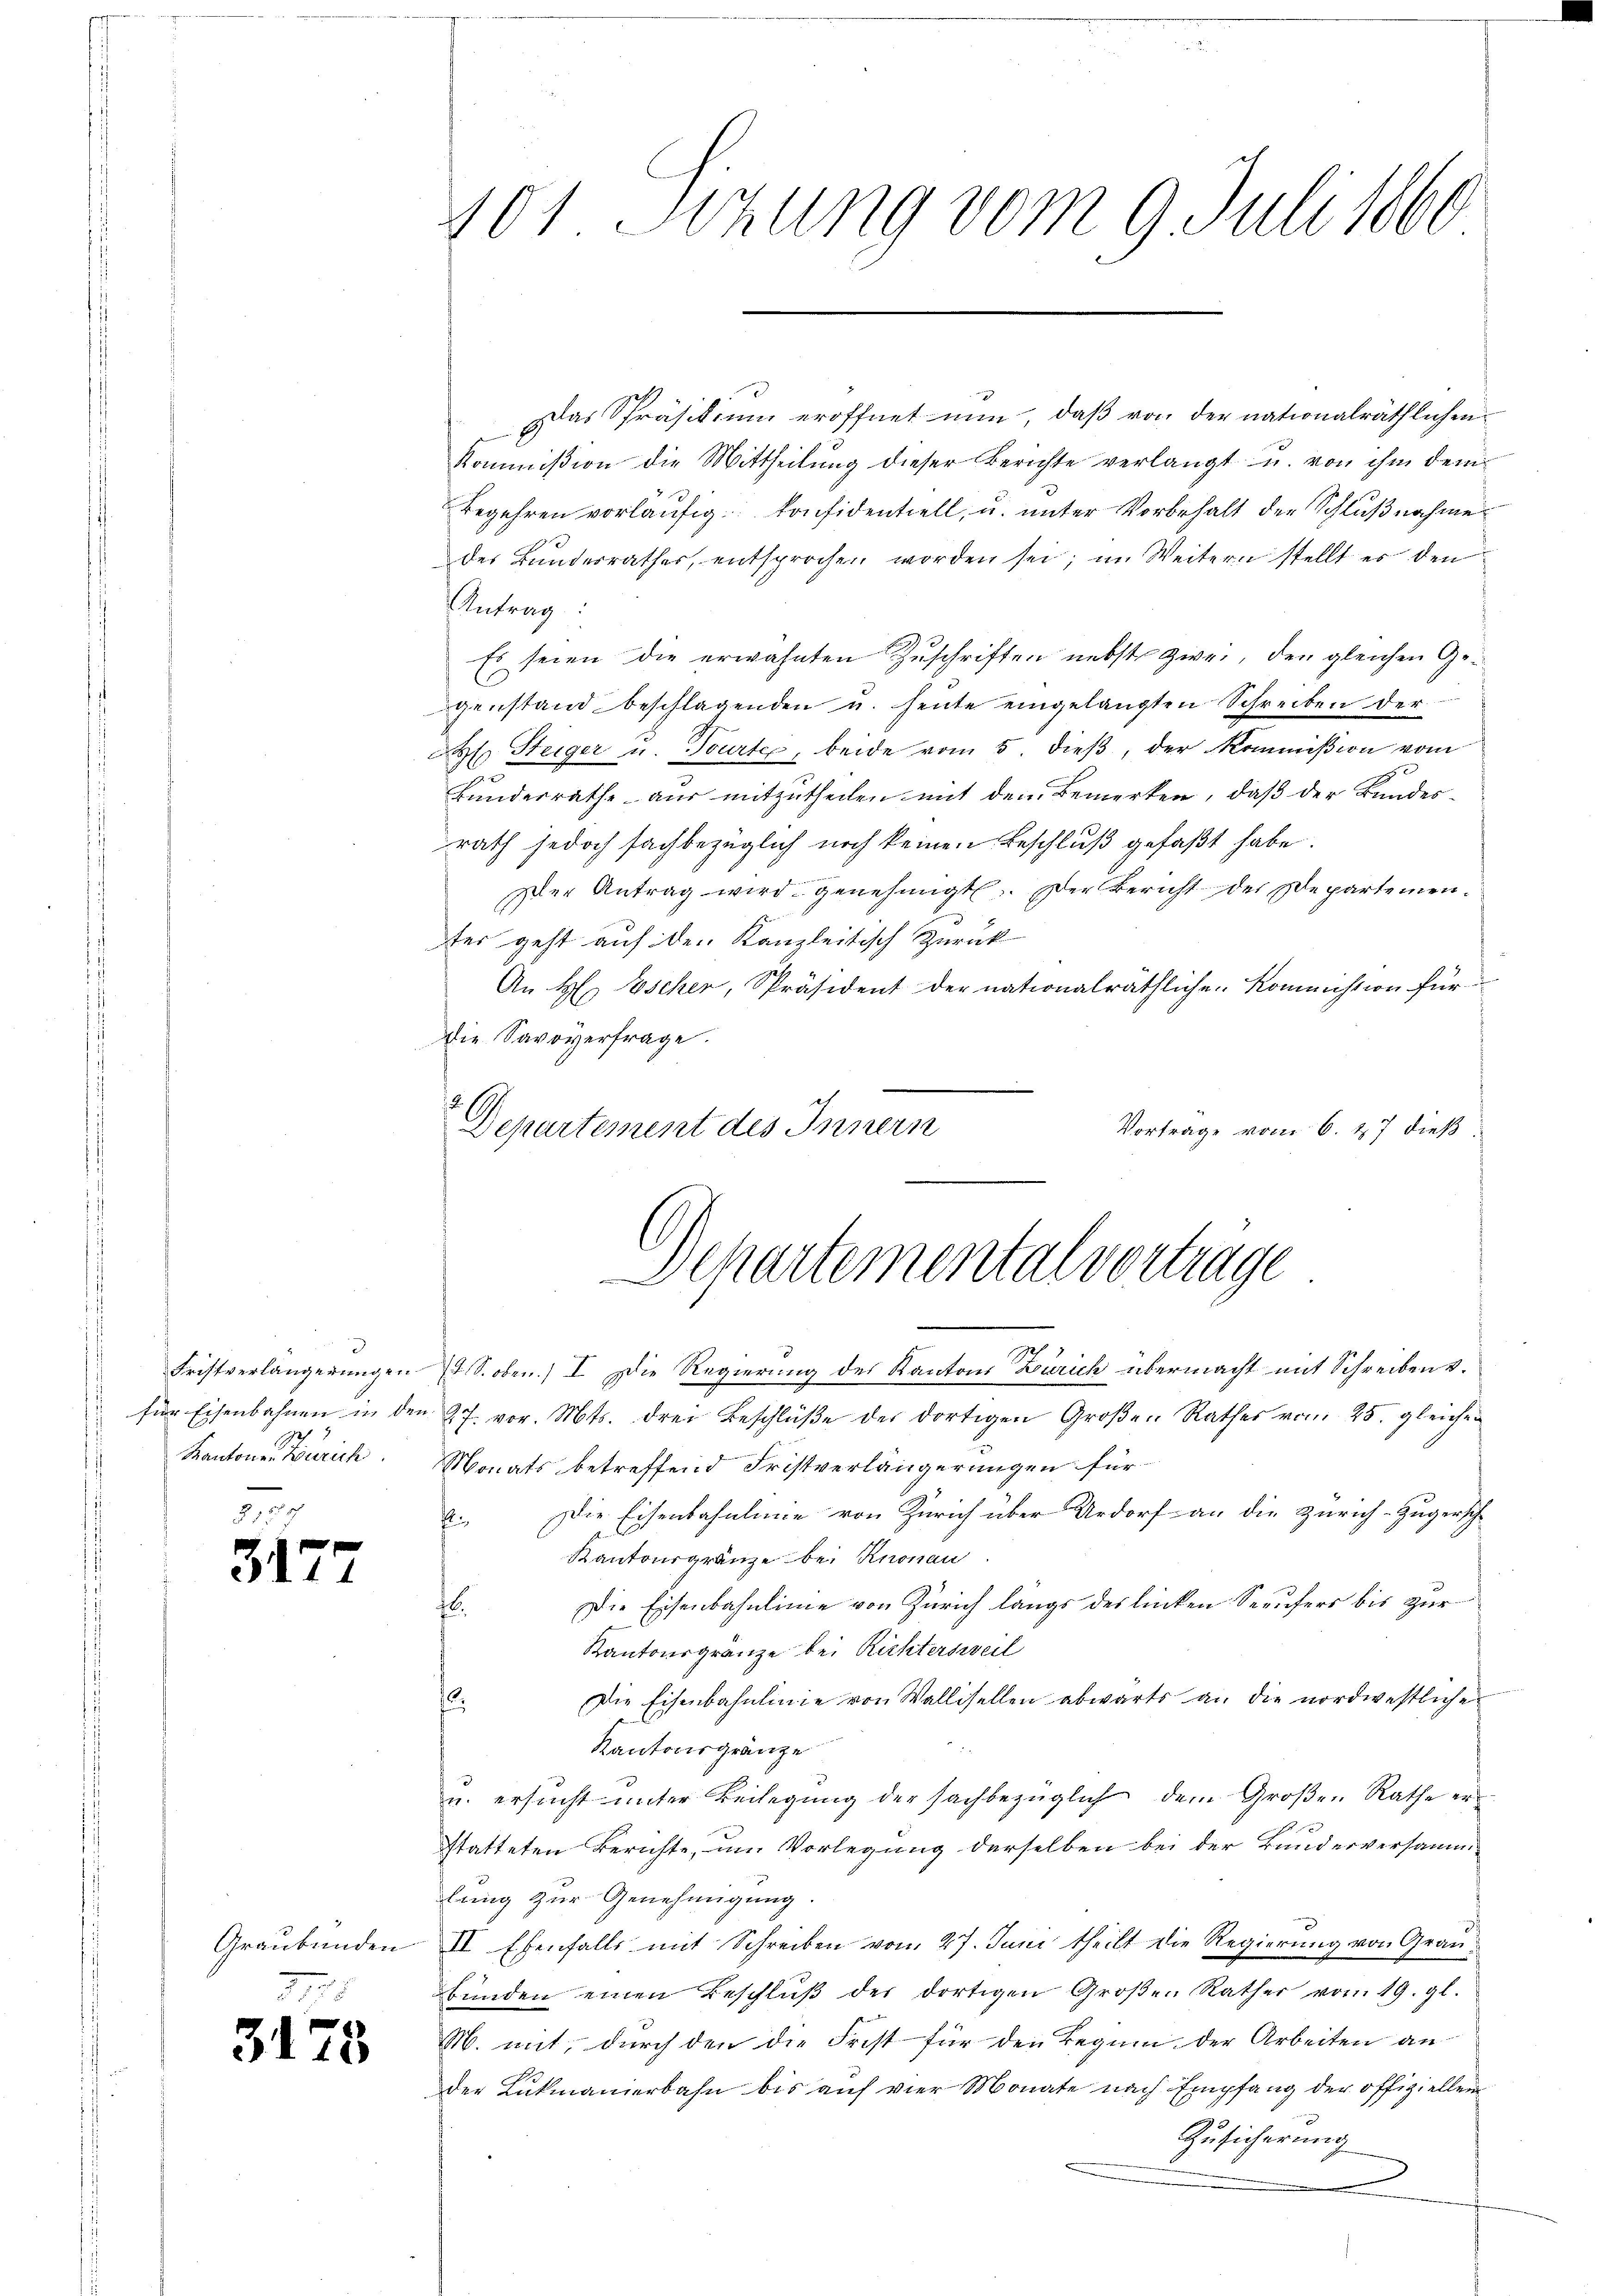
Fristverlängerungen
h 2
Kantonen Wurich

31

Graubünden

3173

101 Sizung vom 9. Juli 1860

as Präsidium eröffnet nun, daβ von der nationalräthlichen
Kommißion die Mittheilung dieser Berichte verlangt u. von ihm dem
Begehren vorläŭfig Considentiell, u. unter Vorbehalt der Schlußnahme
des Bunderrathes, entsprochen worden sei; im Weitern stellt es den
Antrag:
Es seien die erwähnten Zuschriften nebst zwei, den gleichen Gegenstand beschlagenden u. heŭte eingelangten Schreiben der
dl. Steiger u. Tourtei, beide vom 5. dieß, der Kommißion vom
Bundesrathe aus mitzutheilen mit dem Bemerken, daß der Bundesrath jedoch sachbezüglich noch keinen Beschluß gefaßt habe.
Der Antrag wird genehmigt. Der Bericht der Departemen¬
2
ter geht auf den Kanzleitisch zurück
An H. Escher, Präsident der nationalräthliche Kommission für
Die Savoyerfrage.
Departement des Innern
Vorträge vom 6. 17 dieß
für Eisenbahnen in den 27. vor. Mts. drei Beschlüße der dortigen Großen Rathes vom 25. gleichen
Monats betreffend Fristverlängerungen für
Ei. Die Eisenbahnlinie von Zürich über Urdorf an die Zürich-Zugersche
Kantonsgränze bei Knonau
Die Eisenbahnlinie von Zürich längs des linken Seeufers bis zur
.
Kantonsgränze bei Richtersweil
Die Eisenbahnlinie von Wallisellen abwärts an die nordwestliche
Kantonsgränze
u. ersucht unter Beilegung der sachbezüglich dem Großen Rathe erstatteten Berichte, um Vorlegung derselben bei der Bunderversamm-
dlung zur Genehmigung.
II Ebenfalls mit Schreiben vom 27. Juni theilt die Regierung von Graubünden einen Beschlŭβ der dortigen Großen Rather vom 19. gl.
M. mit, durch den die Frist für den Beginn der Arbeiten an
der Lukmanierbahn bis auf vier Monate nach Empfang der offiziellen
Zusicherung

Departementalvertrage
4 S. oben.) I. Die Regierung des Kantons Zürich übermacht mit Schreiben v.